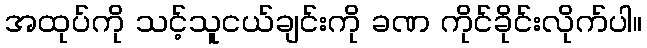
အထုပ်ကို သင့်သူငယ်ချင်းကို ခဏ ကိုင်ခိုင်းလိုက်ပါ။